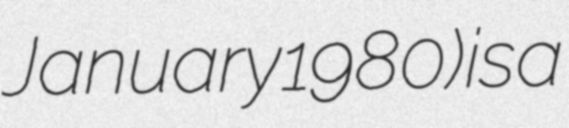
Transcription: January 1980) is a